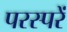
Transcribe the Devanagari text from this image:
परस्परें